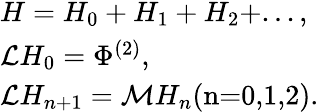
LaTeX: \begin{array}{l}{H=H_{0}+H_{1}+H_{2}+...,}\\ {\mathcal{L}H_{0}=\Phi^{(2)},}\\ {\mathcal{L}H_{n+1}=\mathcal{M}H_{n}\textrm{(n=0,1,2)}.}\end{array}